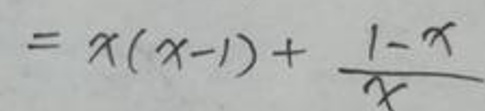
\[
= x(x - 1)+\frac{1 - x}{x}
\]